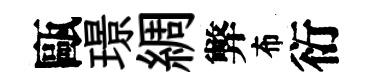
甌璟綢弊布衍